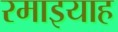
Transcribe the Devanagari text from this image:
रमाइयाह